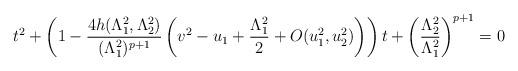
LaTeX: \begin{align*}t^2+\left(1-\frac{4h(\Lambda_1^2,\Lambda_2^2)}{(\Lambda_1^2)^{p+1}}\left(v^2-u_1+\frac{\Lambda_1^2}{2}+O(u_1^2,u_2^2)\right)\right)t+\left(\frac{\Lambda_2^2}{\Lambda_1^2}\right)^{p+1}=0\end{align*}